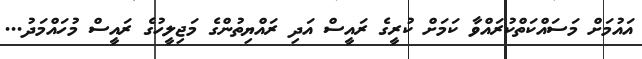
އައުމަށް މަސައްކަތްކުރައްވާ ކަމަށް ކުރީގެ ރައީސް އަދި ރައްޔިތުންގެ މަޖިލީހުގެ ރައީސް މުހައްމަދު...